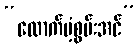
“ထောက်ပံ့စွမ်းအင်”